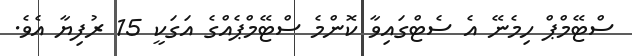
ސްޓޭމްޕް ހިމެނޭ އެ ސެޓްގައިވާ ކޮންމެ ސްޓޭމްޕެއްގެ އަގަކީ 15 ރުފިޔާ އެވެ.